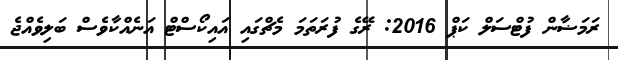
ރަމަޟާން ފުޓްސަލް ކަޕް 2016: ރޭގެ ފުރަތަމަ މެޗްގައި އައިކޯސްޓް އަނެއްކާވެސް ބަލިވެއްޖެ